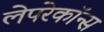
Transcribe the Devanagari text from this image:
लेपरेकॉन्स